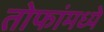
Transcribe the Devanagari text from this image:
तोफांमध्ये